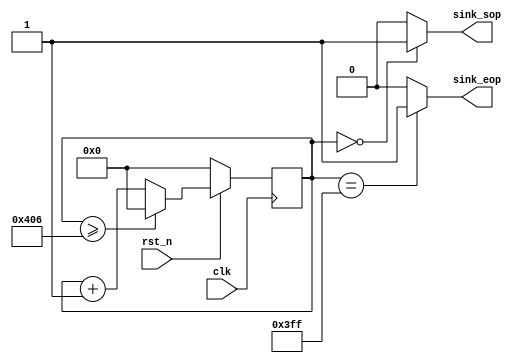
module fft_control
(
	input clk,
	input rst_n,
	output sink_sop,
	output sink_eop
);

reg [10:0] counter;

always@(posedge clk)
if(!rst_n)
	counter<=11'd0;
else if(counter>=11'd1030)
	counter<=11'd0;
else
	counter<=counter+1'b1;
	

assign sink_sop=(counter==11'd0)?1'b1:1'b0;

assign sink_eop=(counter==11'd1023)?1'b1:1'b0;

endmodule